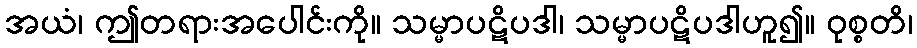
အယံ၊ ဤတရားအပေါင်းကို။ သမ္မာပဋိပဒါ၊ သမ္မာပဋိပဒါဟူ၍။ ဝုစ္စတိ၊